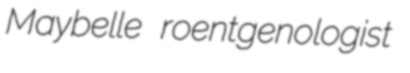
Maybelle roentgenologist